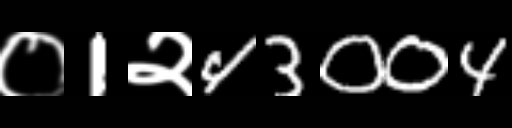
Text: ०1२43004